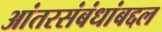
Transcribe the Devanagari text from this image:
आंतरसंबंधांबद्दल